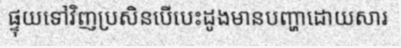
ផ្ទុយទៅវិញប្រសិនបើបេះដូងមានបញ្ហាដោយសារ